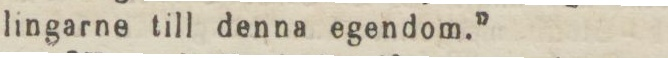
lingarne till denna egendom.”